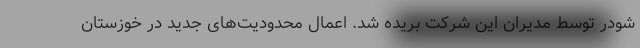
شودر توسط مدیران این شرکت بریده شد. اعمال محدودیت‌های جدید در خوزستان